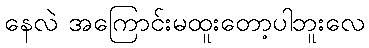
နေလဲ အကြောင်းမထူးတော့ပါဘူးလေ